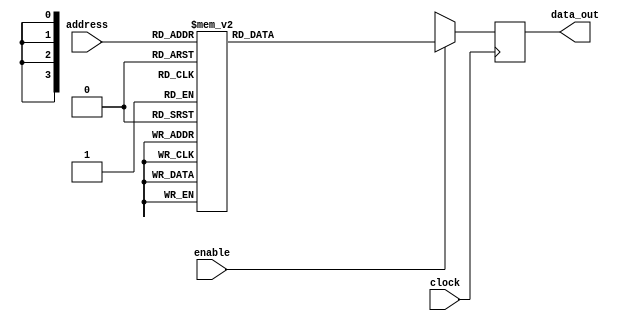
`timescale 1ns / 1ps
//////////////////////////////////////////////////////////////////////////////////
// Company: 
// Engineer: 
// 
// Design Name: 
// Module Name: PROM8x4
// Project Name: 
// Target Devices: 
// Tool Versions: 
// Description: 
// 
// Dependencies: 
// 
// Revision:
// Revision 0.01 - File Created
// Additional Comments:
// 
//////////////////////////////////////////////////////////////////////////////////
// To design a 8x4 Programmable Read only memory
// It has 3 address lines(8=2^3)
// In ROM data can only be read, it can't be driven by user.
//     enable      functionality
//      0            no data is read
//      1             data will be read

module PROM8x4(
    input [3:0] address,
    input clock,
    input enable,
    output reg [3:0] data_out
    );
    wire [3:0] memory[15:0]; // 2D array representation
                           //  16 words of memory each of 4 bits.
    always@(posedge clock)
    begin
    if(enable)
    begin
   // data_out<=memory[address];
    case (address)
    4'd0: data_out=4'b0010;//2
    4'd1: data_out=4'b0100;//4
    4'd2: data_out=4'b0110;//6
   4'd3 :  data_out=4'b1000;//8
    4'd4: data_out=4'b1010;//10
    4'd5: data_out=4'b1100;//12
    4'd6: data_out=4'b1110;//14
    4'd7: data_out=4'b0000;//0
    4'd8: data_out=4'b0001;//1
    4'd9: data_out=4'b0011;//3
    4'd10: data_out=4'b0101;//5
    4'd11: data_out=4'b0111;//7
    4'd12: data_out=4'b1001;//9
    4'd13: data_out=4'b1011;//11
    4'd14: data_out=4'b1101;//13
    4'd15: data_out=4'b1111;//15
    endcase
    end
      else
      data_out<=4'bxxxx;  
      end
        
endmodule